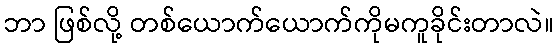
ဘာ ဖြစ်လို့ တစ်ယောက်ယောက်ကိုမကူခိုင်းတာလဲ။